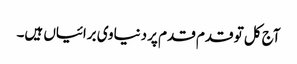
آج کل تو قدم قدم پر دنیاوی برائیاں ہیں۔